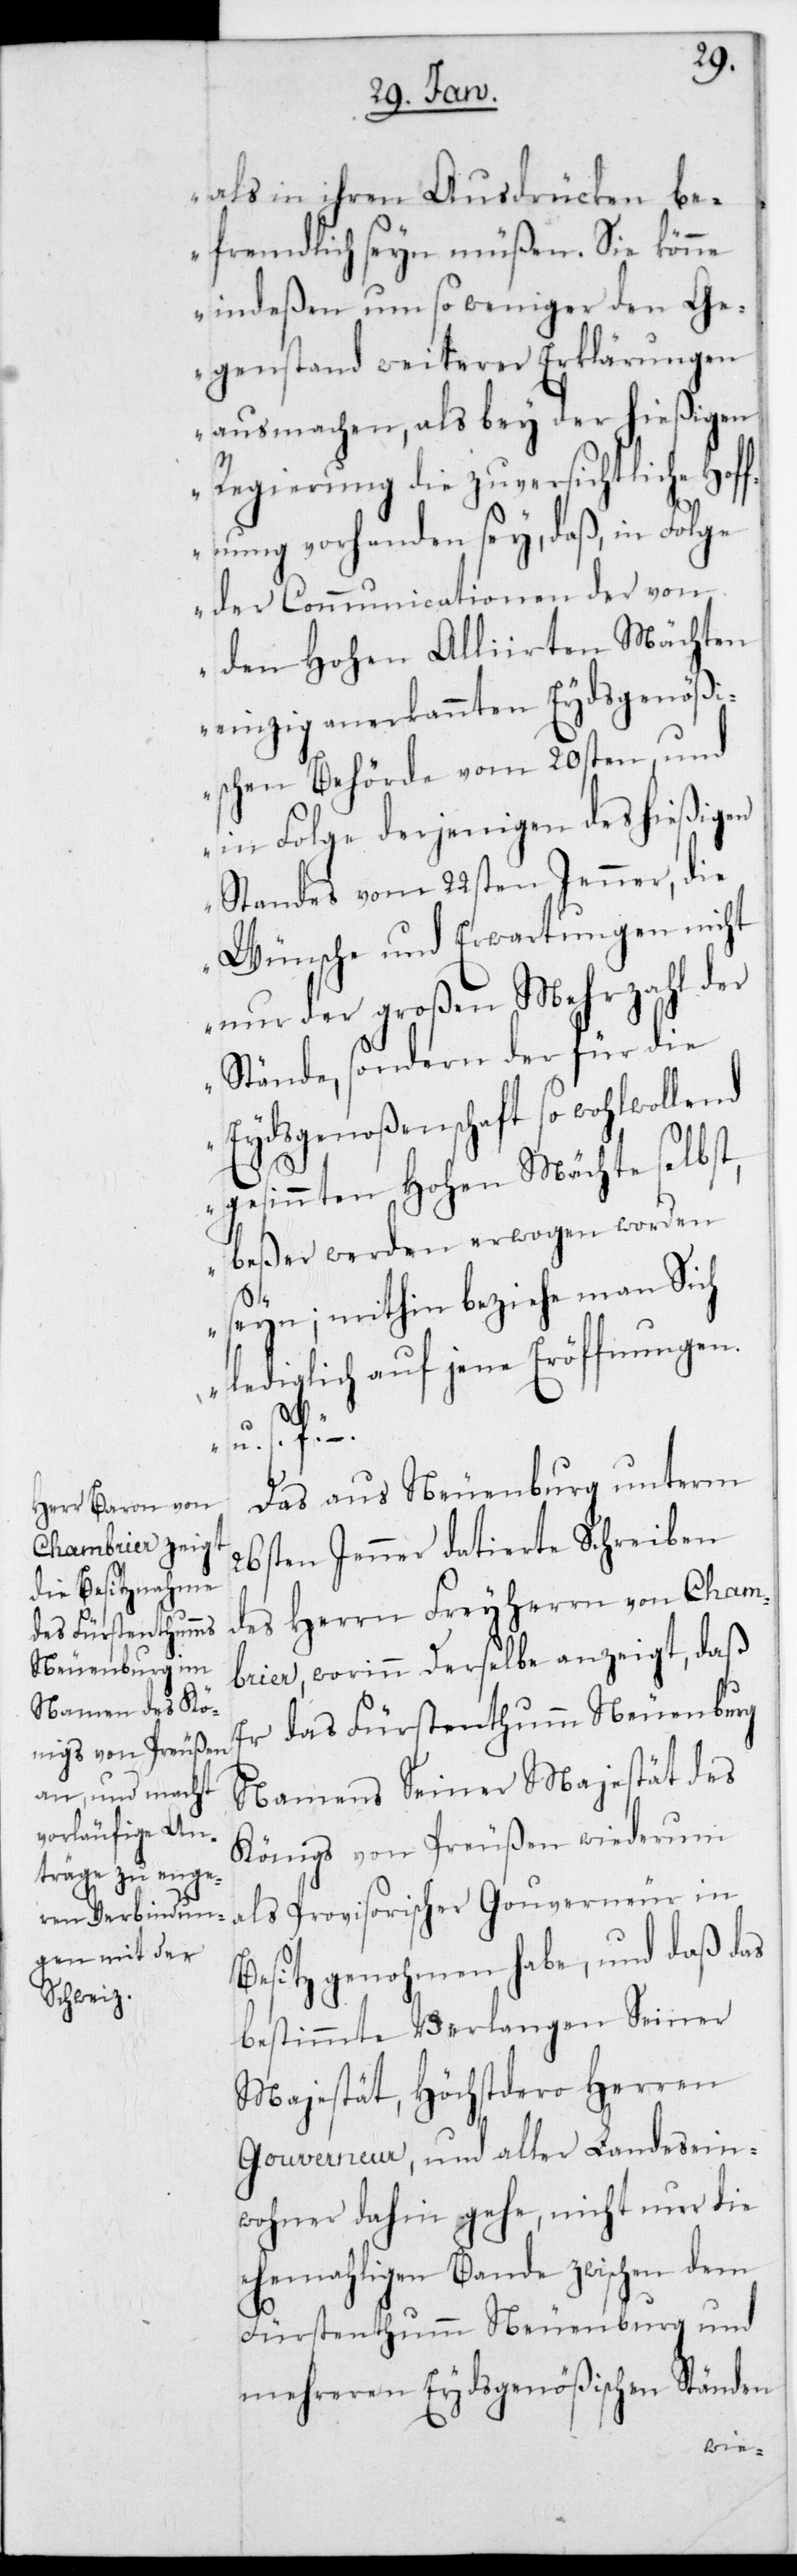
als in ihren Ausdrücken be¬
fremdlich sein müßen. Sie könne
indeßen um so weniger den Ge¬
genstand weiterer Erklärungen
ausmachen, als bey der hießigen
Regierung die zuversichtliche Hof¬
fnung vorhanden sey, daß in Folge
der Communicationen der von
den Hohen Alliierten Mächten
einzig anerkannten Eydsgenößi¬
schen Behörde vom 20sten und
in Folge derjenigen des hießigen
Standes vom 22sten Jenner, die
Wünsche und Erwartungen nicht
nur der großen Mehrzahl der
Stände, sondern der für die
Eydsgenoßenschaft so wohlwol¬
gesinnten Hohen Mächte selbst,
beßer werden erwogen worden
sein; mithin beziehe man sich
lediglich auf jene Eröffnungen
u. s.
Das aus Neuenburg unterm
26sten Jenner datierte Schreiben
des Herrn Freiherrn von Cham¬
brier, worinn derselbe anzeigt, daß
er das Fürstenthum Neuenburg
namens Seiner Majestät des
Königs von Preußen wiederum
als provisorischer Gouverneur in
Besitz genohmen habe, und daß das
bestimmte Verlangen Seiner
Majestät, Höchstdero Herren
Gouverneur und aller Landesein¬
wohner dahin gehe, nicht nur die
ehemaligen Bande zwischen dem
Fürstentum Neuenburg und
mehreren Eydsgenößischen Ständen